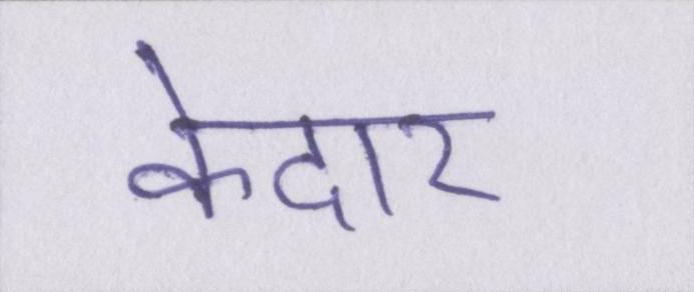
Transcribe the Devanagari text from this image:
केदार